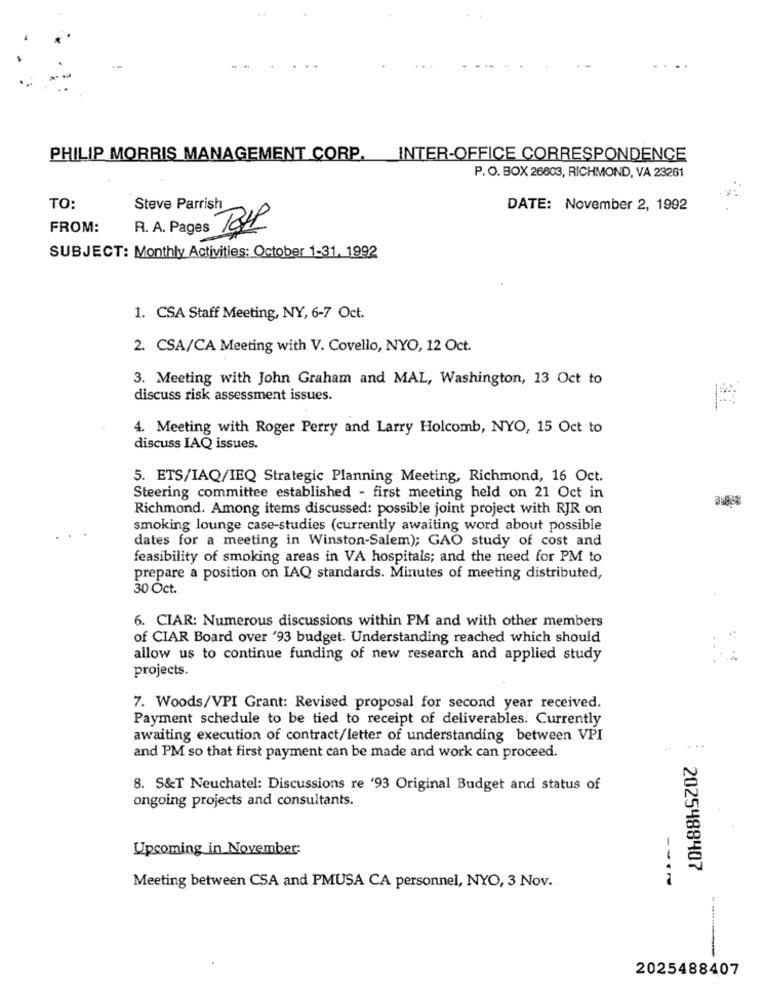
PHILIP MORRIS MANAGEMENT CORP.
INTER-OFFICE CORRESPONDENCE
P. O. BOX 26603, RICHMOND, VA 23261
TO:
Steve Parrish
DATE: November 2, 1992
FROM:
R. A. Pages
SUBJECT: Monthly Activities: October 1-31, 1992
1. CSA Staff Meeting, NY, 6-7 Oct.
2. CSA/CA Meeting with V. Covello, NYO, 12 Oct.
3. Meeting with John Graham and MAL, Washington, 13 Oct to
discuss risk assessment issues.
4. Meeting with Roger Perry and Larry Holcomb, NYO, 15 Oct to
discuss IAQ issues.
5. ETS/IAQ/IEQ Strategic Planning Meeting, Richmond, 16 Oct.
Steering committee established - first meeting held on 21 Oct in
Richmond. Among items discussed: possible joint project with RJR on
smoking lounge case-studies (currently awaiting word about possible
dates for a meeting in Winston-Salem); GAO study of cost and
feasibility of smoking areas in VA hospitals; and the need for PM to
prepare a position on IAQ standards. Minutes of meeting distributed,
30 Oct.
6. CIAR: Numerous discussions within PM and with other members
of CIAR Board over '93 budget. Understanding reached which should
allow us to continue funding of new research and applied study
projects.
7. Woods/VPI Grant: Revised proposal for second year received.
Payment schedule to be tied to receipt of deliverables. Currently
awaiting execution of contract/letter of understanding between VPI
and PM so that first payment can be made and work can proceed.
8. S&T Neuchatel: Discussions re '93 Original Budget and status of
ongoing projects and consultants.
Upcoming in November
2025488407
Meeting between CSA and PMUSA CA personnel, NYO, 3 Nov.
2025488407